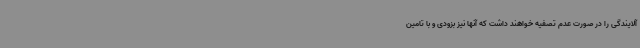
آلایندگی را در صورت عدم تصفیه خواهند داشت که آنها نیز بزودی و با تامین